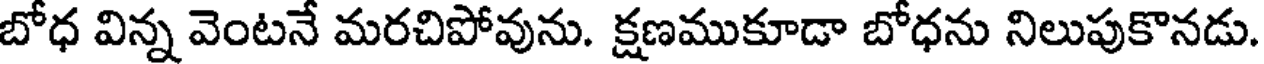
బోధ విన్న వెంటనే మరచిపోవును. క్షణముకూడా బోధను నిలుపుకొనడు.